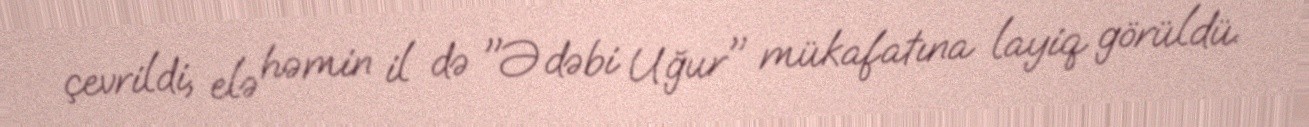
çevrildi, elə həmin il də "Ədəbi Uğur" mükafatına layiq görüldü.